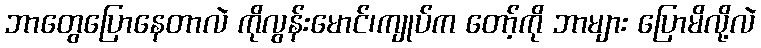
ဘာတွေပြောနေတာလဲ ကိုလွန်းမောင်၊ကျုပ်က တော့်ကို ဘာများ ပြောမိလို့လဲ